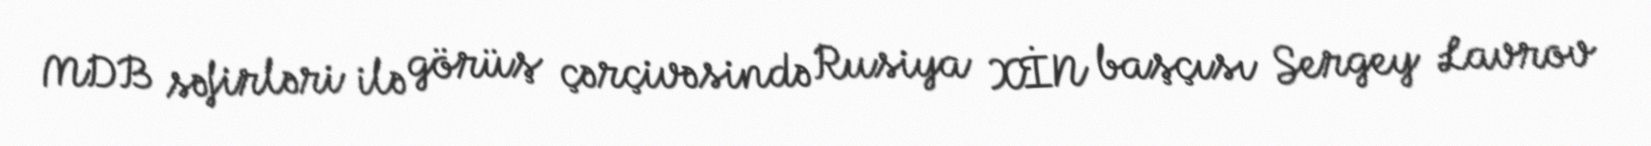
MDB səfirləri ilə görüş çərçivəsində Rusiya XİN başçısı Sergey Lavrov